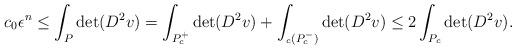
LaTeX: \begin{align*}c_0 \epsilon^n \leq \int_{P} \det (D^2 v) = \int_{P_c^+} \det (D^2 v) + \int_{_c (P_c^-)} \det (D^2 v) \leq 2 \int_{P_c} \det (D^2 v).\end{align*}